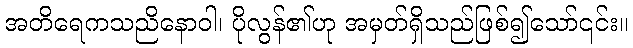
အတိရေကသညိနောဝါ၊ ပိုလွန်၏ဟု အမှတ်ရှိသည်ဖြစ်၍သော်၎င်း။